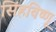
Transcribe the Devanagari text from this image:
सिंहविष्णू